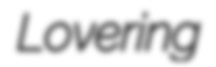
Lovering